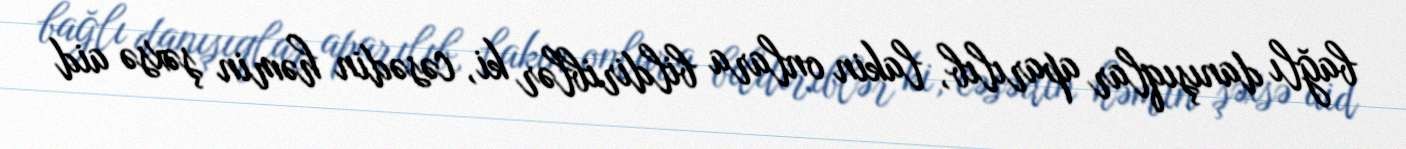
bağlı danışıqlar aparılıb, lakin onlara bildiriblər ki, cəsədin həmin şəxsə aid